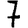
Digit: 7